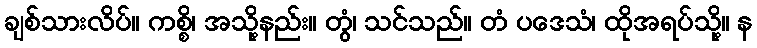
ချစ်သားလိပ်။ ကစ္စိ၊ အသို့နည်း။ တွံ၊ သင်သည်။ တံ ပဒေသံ၊ ထိုအရပ်သို့။ န